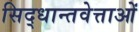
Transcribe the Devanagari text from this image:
सिद्धान्तवेत्ताओं